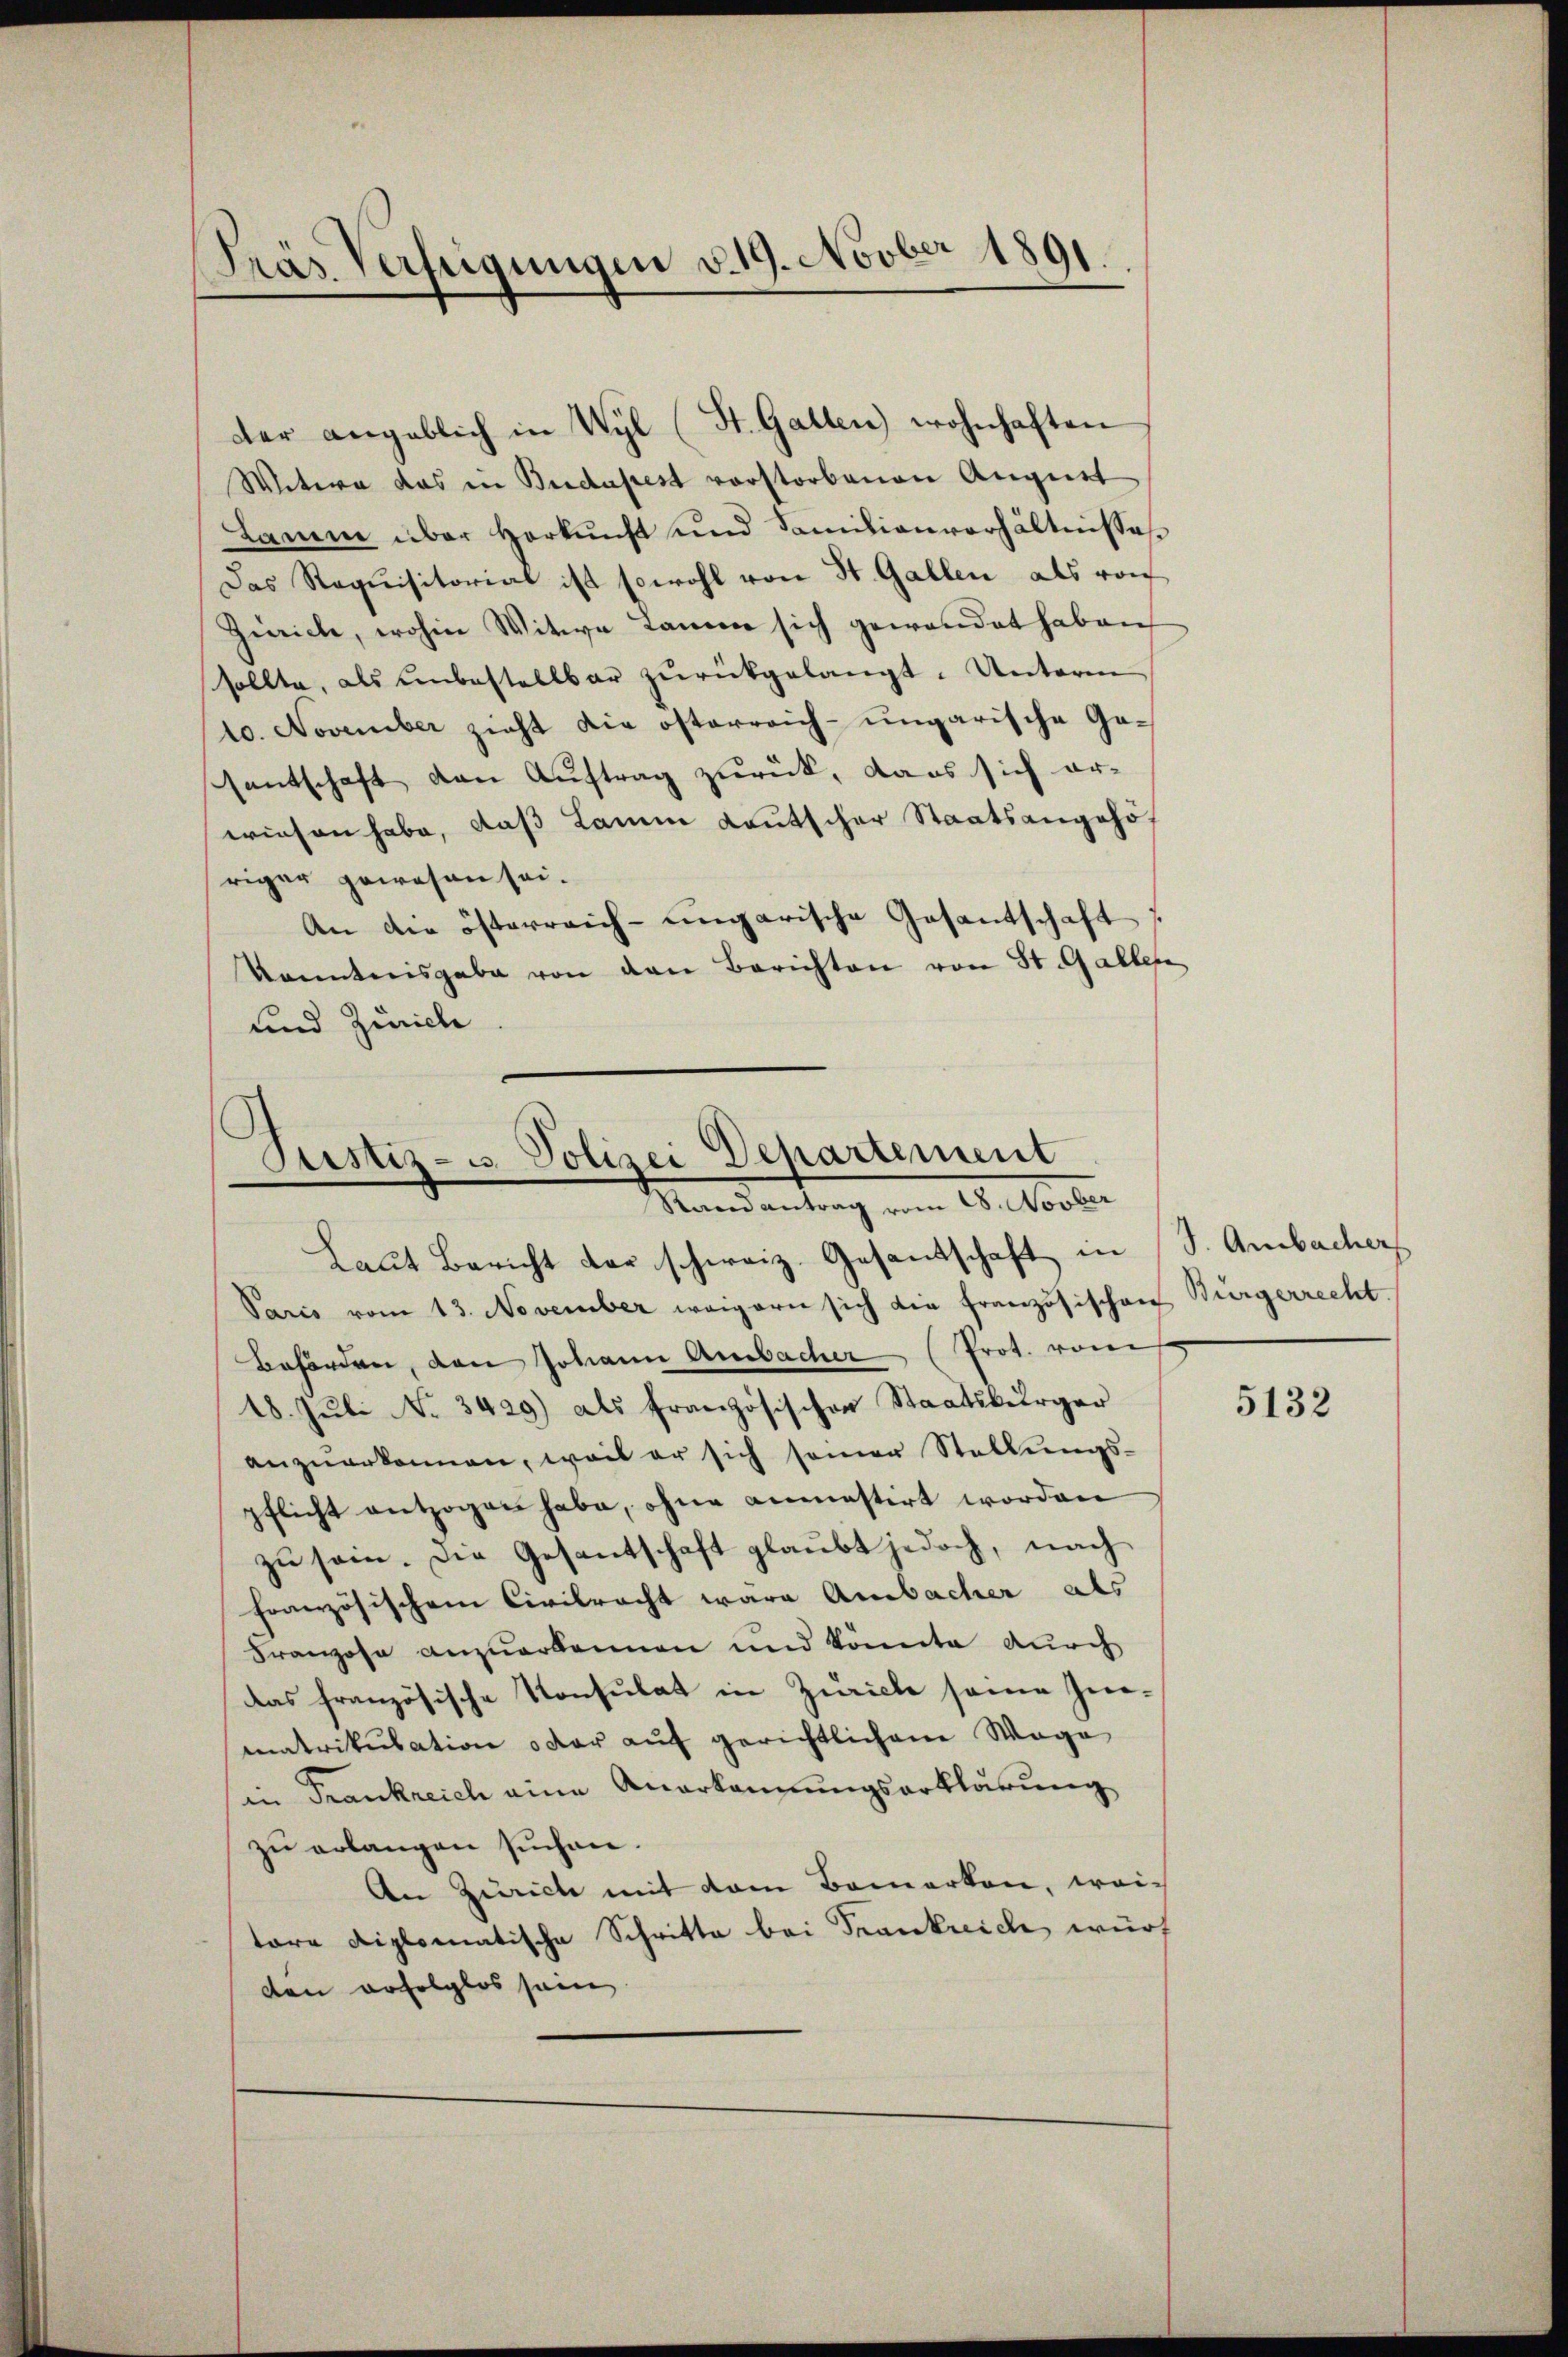
)
Pras Verfügungen v. 19. Novber 1891.

Wetwa das in Budapest vorstorbenen August
Lamm über Herkunft und Familienverhältnisses
Das Requisitorial ist sowohl von St. Gallen als von
Zürich, wohin Witwe Laner sich gewandet haben,
sollte, als unbestellbar zŭrückgelangt. Unterm
10. November zieht die österreich-ungarische Gesantschaft den Auftrag zurück, dass sich er-
wiesen habe, daß Lamm Lautscher Staatsangehöriger gewesen sei.
An die österreich-ungarische Gesantschaft
kanntnisgabe von den Berichten von St. Galler
und Zürich

der angeblich in Wyl (St. Gallen wohnhaften

Justiz- u. Polizei Departement
Randantrag vom 28. Novber

Laut Bericht der schweiz. Gesandschaft in S. Ambacher
Paris vom 13. November weigern sich die Französischen Bürgerrecht.
Beforden, den Johann Ambacher (Prot. vom
18. Jŭli No 3429) als französischen Staatsbürger
anzŭerkannen, weil er sich seiner Stellŭngs-
pflicht entzogen habe, ohne anmastirt worden
zu sein. Die Gesantschaft glaubt jedoch, nach
Französischem Civilracht wäre Ambacher als
Franzose anzuerkennen und könnte durch
Das französische Konsulat in Zürich seine Zuematrikulation oder auf gerichtlichen Wage
in Frankreich eine Anerkannungserklärung
zu erlangen suchen.
An Zerrecte mit dem Bemerken, weitore diplomatische Schritte bei Frankreich wurf
den erfolglos sein

5132